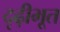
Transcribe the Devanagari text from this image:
दृढ़ीभूत